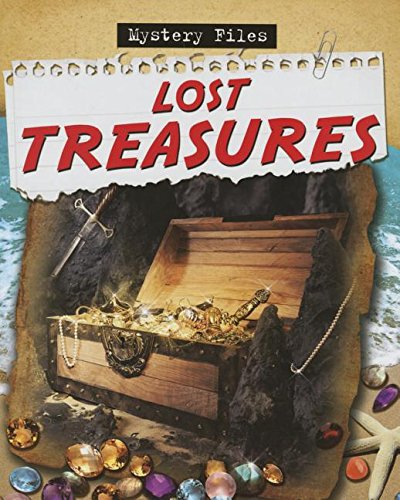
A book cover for Lost Treasures (Mystery Files); Cynthia O'Brien; Children's Books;